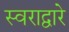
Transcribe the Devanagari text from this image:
स्वराद्वारे